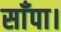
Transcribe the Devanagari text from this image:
साँपा।